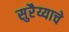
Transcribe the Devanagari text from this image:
सुरैय्याचे